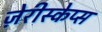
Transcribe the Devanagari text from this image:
ज़ेरीस्‍केप्‍स